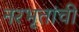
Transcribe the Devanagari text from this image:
नरभृतांची